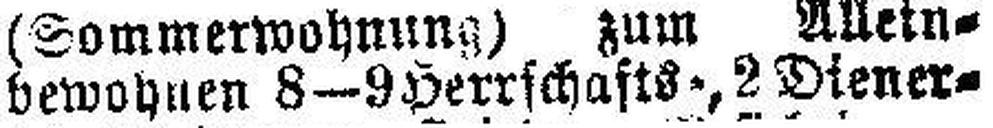
bewohnen 8—9 Herrschafts-, 2 Diener¬